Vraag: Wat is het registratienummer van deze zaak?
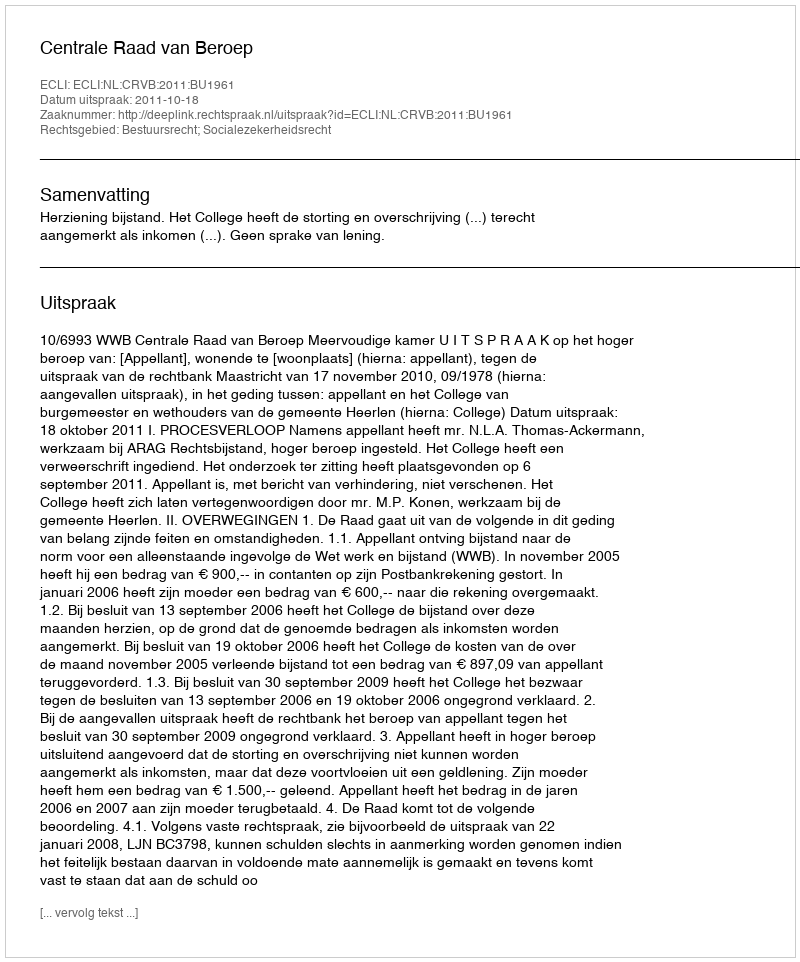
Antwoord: http://deeplink.rechtspraak.nl/uitspraak?id=ECLI:NL:CRVB:2011:BU1961